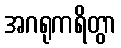
အဂရုကရိတွာ